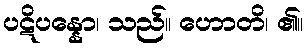
ပဋိပန္နော၊ သည်။ ဟောတိ၊ ၏။